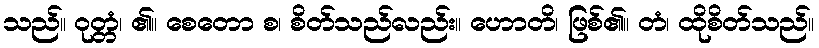
သည်။ ဝုတ္တံ၊ ၏။ စေတော စ၊ စိတ်သည်လည်း။ ဟောတိ၊ ဖြစ်၏။ တံ၊ ထိုစိတ်သည်။